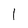
Character: 1